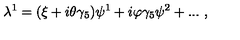
\lambda ^ { 1 } = ( \xi + i \theta \gamma _ { 5 } ) \psi ^ { 1 } + i \varphi \gamma _ { 5 } \psi ^ { 2 } + . . . \ , \,